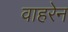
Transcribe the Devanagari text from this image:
वाहरेन